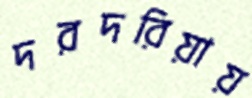
দরদরিয়ায়